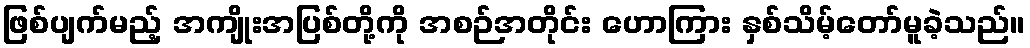
ဖြစ်ပျက်မည့် အကျိုးအပြစ်တို့ကို အစဉ်အတိုင်း ဟောကြား နှစ်သိမ့်တော်မူခဲ့သည်။